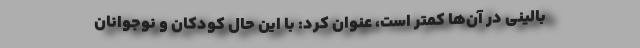
بالینی در آن‌ها کمتر است، عنوان کرد: با این حال کودکان و نوجوانان